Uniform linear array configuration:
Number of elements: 16
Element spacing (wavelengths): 1
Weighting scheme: blackman
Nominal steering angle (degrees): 60
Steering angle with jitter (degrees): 60.945
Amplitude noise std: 0.05
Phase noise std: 0.05

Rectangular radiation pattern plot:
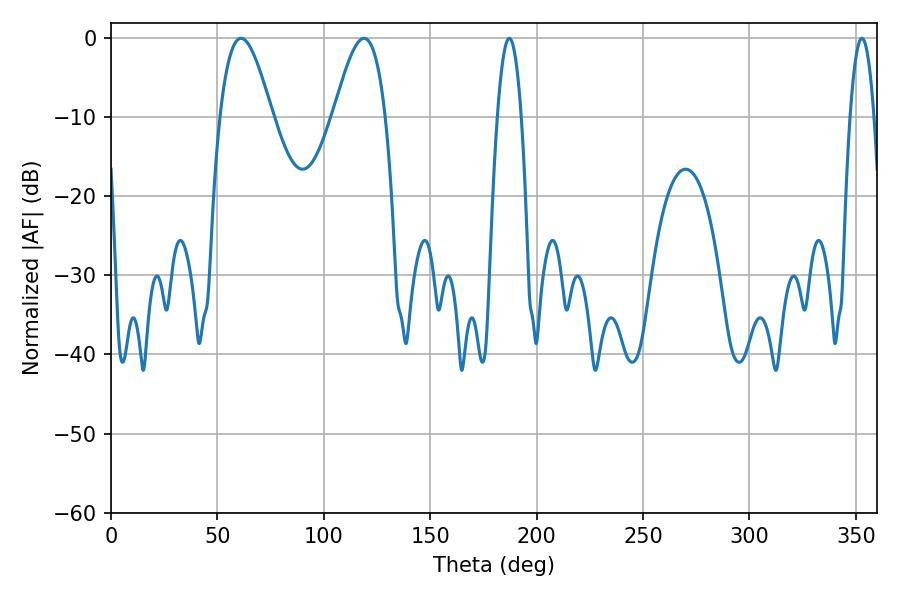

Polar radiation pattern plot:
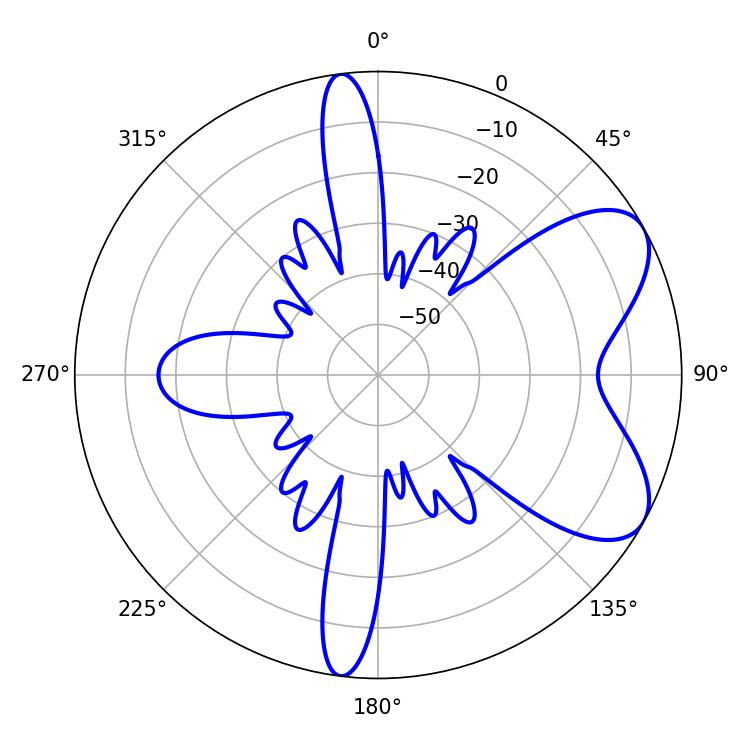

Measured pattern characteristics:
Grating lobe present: TRUE
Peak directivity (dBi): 6.781
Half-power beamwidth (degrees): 13.14
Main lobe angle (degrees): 61.02